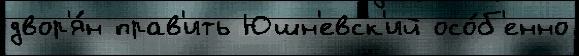
двор'я́н прав'ить Юшн'евск'ий осо́б'енно